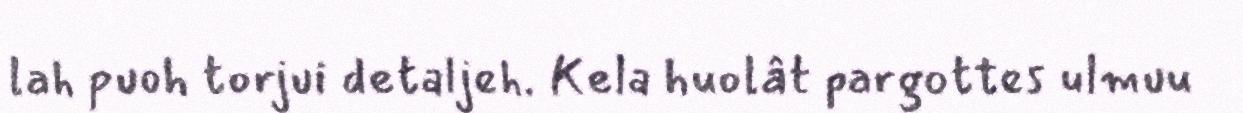
lah puoh torjui detaljeh. Kela huolât pargottes ulmuu